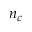
n _ { c }